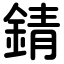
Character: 錆